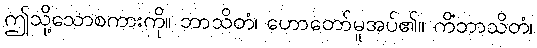
ဤသို့သောစကားကို။ ဘာသိတံ၊ ဟောတော်မူအပ်၏။ ကိံဘာသိတံ၊